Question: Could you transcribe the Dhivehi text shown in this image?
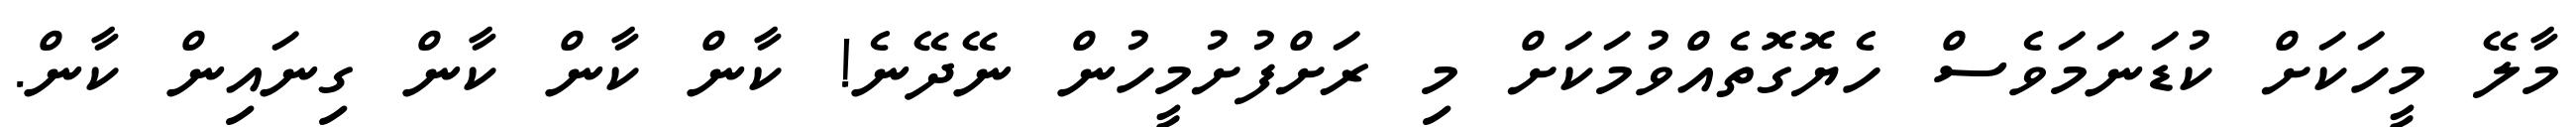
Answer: މާލޭ މީހަކަށް ކުޑަނަމަވެސް ހެޔޮގޮތެއްވުމަކަށް މި ރަށްފުށުމީހުން ނޭދޭނެ! ކާން ކާން ކާން ގިނައިން ކާން.